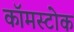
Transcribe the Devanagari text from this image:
कॉमस्टोक